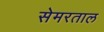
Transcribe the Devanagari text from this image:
सेमरताल